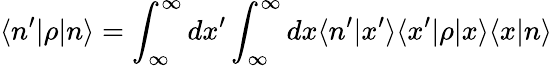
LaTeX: \langle n^{\prime}\vert\rho\vert n\rangle=\int_{\infty}^{\infty}dx^{\prime}\int_{\infty}^{\infty}dx\langle n^{\prime}\vert x^{\prime}\rangle\langle x^{\prime}\vert\rho\vert x\rangle\langle x\vert n\rangle